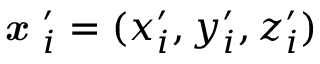
\textbf { \em x } _ { i } ^ { \prime } = ( x _ { i } ^ { \prime } , y _ { i } ^ { \prime } , z _ { i } ^ { \prime } )